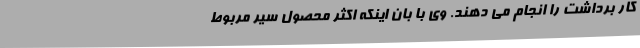
کار برداشت را انجام می دهند. وی با بان اینکه اکثر محصول سیر مربوط